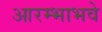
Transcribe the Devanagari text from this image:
आरम्भाभवे